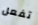
تفعل